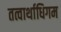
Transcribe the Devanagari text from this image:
तत्वार्थाधिगम